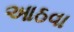
આઠવા